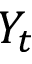
Y _ { t }